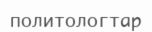
политологтар